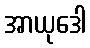
အာယုဒေါ